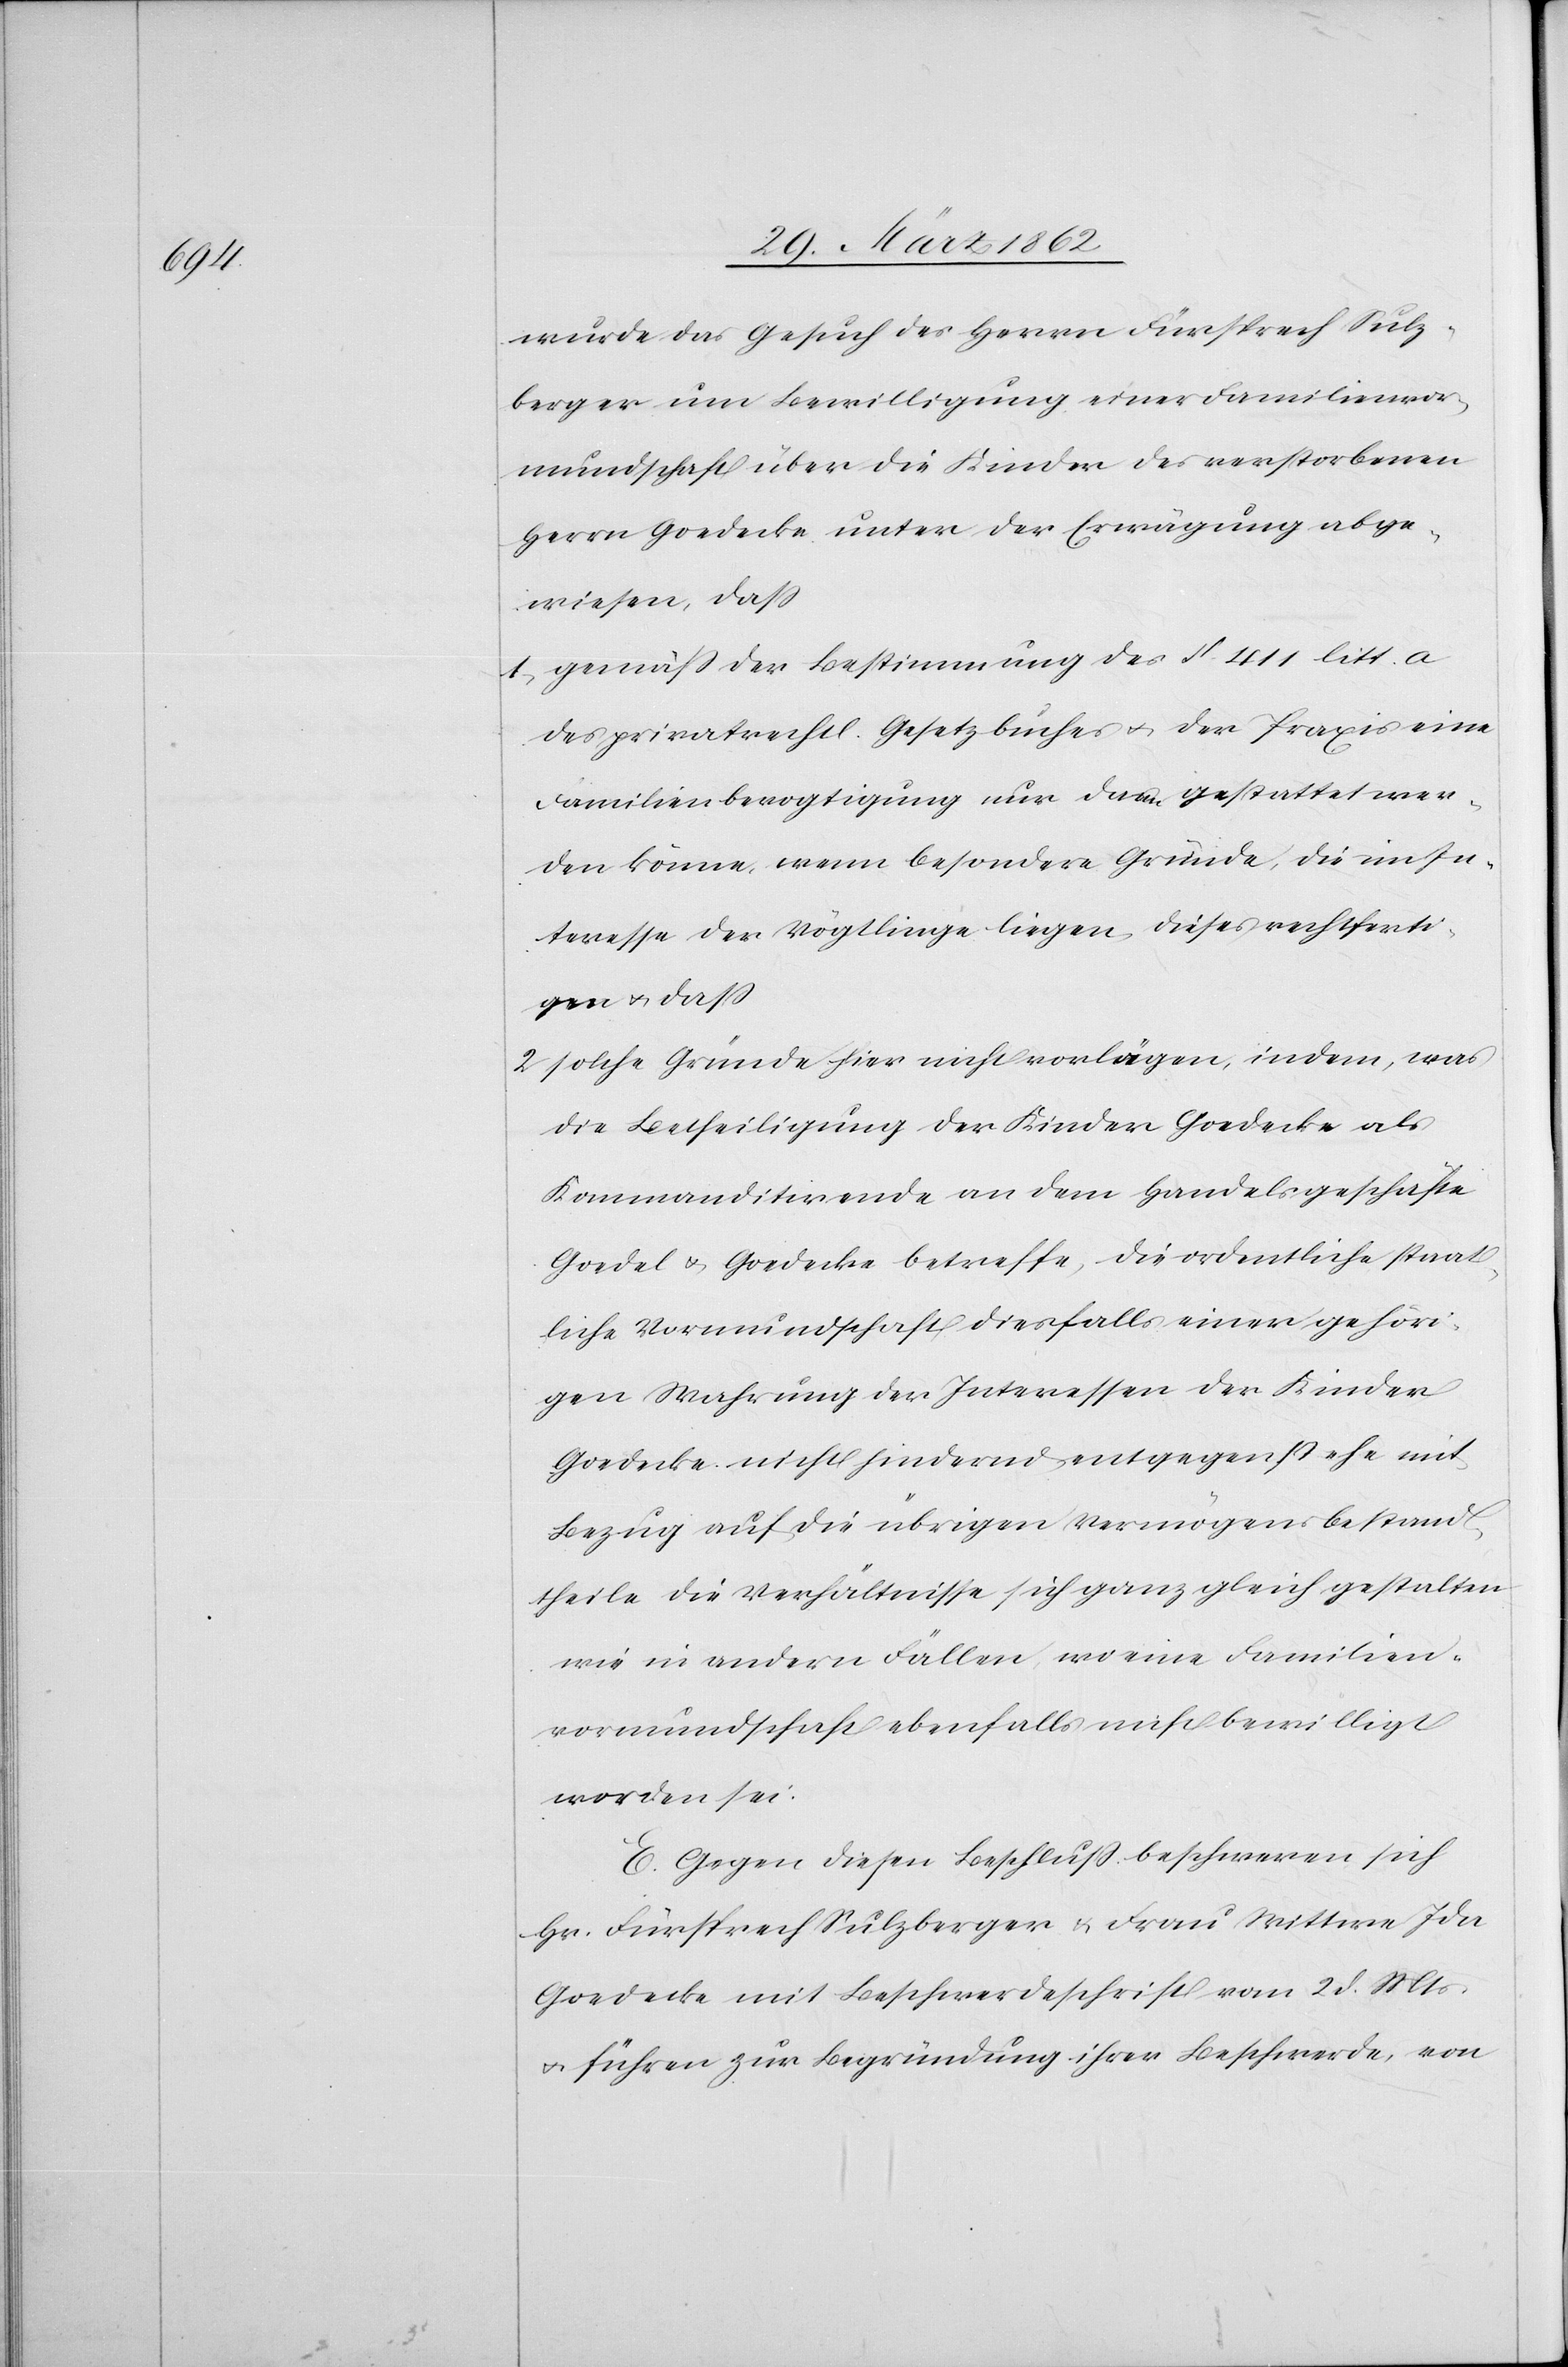
wurde das Gesuch des Herrn Fürsprech Sulz¬
berger um Bewilligung einer Familienvor¬
mundschaft über die Kinder des verstorbenen
Herrn Goedecke unter der Erwägung abge¬
wiesen, daß
1) gemäß der Bestimmung des §. 411 litt. a
des privatrechtl. Gesetzbuches u. der Praxis eine
Familienbevogtigung nur dann gestattet wer¬
den könne, wenn besondere Gründe, die im In¬
teresse der Vögtlinge liegen, dieses rechtferti¬
gen u. daß
2) solche Gründe hier nicht vorlägen, indem, was
die Betheiligung der Kinder Goedecke als
Kommanditirende an dem Handelshause
Goedel & Goedecke betreffe, die ordentliche staat¬
liche Vormundschaft diesfalls einer gehöri¬
gen Wahrung der Interessen der Kinder
Goedecke nicht hindernd entgegenstehe[,] mit
Bezug auf die übrigen Vermögensbestand¬
theile die Verhältnisse sich ganz gleich gestalten
wie in andern Fällen, wo eine Familien¬
vormundschaft ebenfalls nicht bewilligt
worden sei.
E. Gegen diesen Beschluß beschweren sich
Hr. Fürsprech Sulzberger u. Frau Wittwe Ida
Goedecke mit Beschwerdeschrift vom 2 d. Mts
u. führen zur Begründung ihrer Beschwerde, von